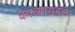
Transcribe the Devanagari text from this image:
काव्याग्रहला